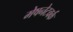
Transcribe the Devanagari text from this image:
मेषनेटवर्क